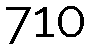
710